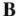
B